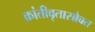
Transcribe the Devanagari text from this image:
क्रांतीवृतासोबत